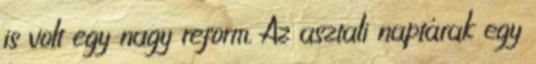
is volt egy nagy reform. Az asztali naptárak egy